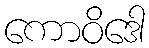
ကောဝိဒေါ